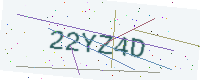
Text: 22YZ4D